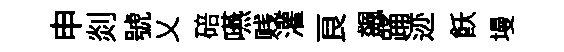
申剡號乂碚嚥贱灌良飆踊迹飫墁